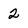
Character: 2